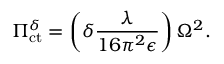
\Pi _ { \mathrm { c t } } ^ { \delta } = \left( \delta \frac { \lambda } { 1 6 \pi ^ { 2 } \epsilon } \right) \Omega ^ { 2 } .